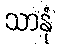
သာနုံ